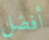
أفضل